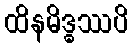
ထိနမိဒ္ဓဿပိ